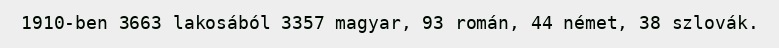
1910-ben 3663 lakosából 3357 magyar, 93 román, 44 német, 38 szlovák.